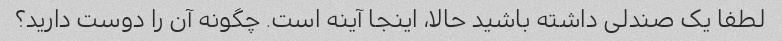
لطفا یک صندلی داشته باشید حالا، اینجا آینه است. چگونه آن را دوست دارید؟